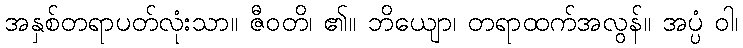
အနှစ်တရာပတ်လုံးသာ။ ဇီဝတိ၊ ၏။ ဘိယျော၊ တရာထက်အလွန်။ အပ္ပံ ဝါ၊